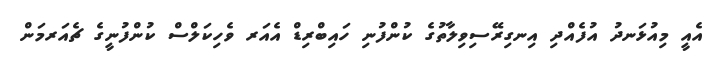
އެއީ މިއުޅަނދު އުފެއްދި އިނގިރޭސިވިލާތުގެ ކުންފުނި ހައިބްރިޑް އެއަރ ވެހިކަލްސް ކުންފުނީގެ ޗެއަރމަން